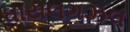
ઘાયલગઝલ